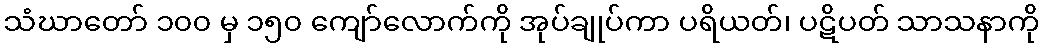
သံဃာတော် ၁၀၀ မှ ၁၅၀ ကျော်လောက်ကို အုပ်ချုပ်ကာ ပရိယတ်၊ ပဋိပတ် သာသနာကို